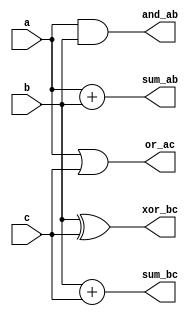
module overlapping_groups(
    input  wire [7:0] a,            // Input group A
    input  wire [7:0] b,            // Input group B
    input  wire [7:0] c,            // Input group C, overlapping inputs
    output wire [8:0] sum_ab,       // Sum output of Group 1 (a + b)
    output wire [8:0] sum_bc,       // Sum output of Group 2 (b + c)
    output wire [7:0] and_ab,       // AND output of Group 1 (a & b)
    output wire [7:0] or_ac,        // OR output of Group 1 (a | c)
    output wire [7:0] xor_bc        // XOR output of Group 2 (b ^ c)
);

    // Group 1: Functionality on inputs a and b
    assign sum_ab = a + b;            // Addition of inputs a and b
    assign and_ab = a & b;            // Bitwise AND of inputs a and b
    assign or_ac = a | c;             // Bitwise OR of inputs a and c (overlapping with c)

    // Group 2: Functionality on inputs b and c (overlapping)
    assign sum_bc = b + c;            // Addition of inputs b and c
    assign xor_bc = b ^ c;            // Bitwise XOR of inputs b and c

endmodule